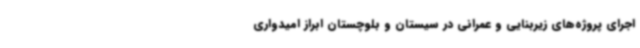
اجرای پروژه‌های زیربنایی و عمرانی در سیستان و بلوچستان ابراز امیدواری